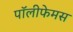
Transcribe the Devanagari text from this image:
पॉलीफेमस